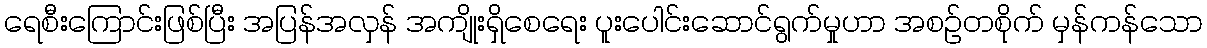
ရေစီးကြောင်းဖြစ်ပြီး အပြန်အလှန် အကျိုးရှိစေရေး ပူးပေါင်းဆောင်ရွက်မှုဟာ အစဉ်တစိုက် မှန်ကန်သော